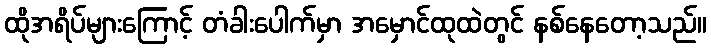
ထိုအရိပ်များကြောင့် တံခါးပေါက်မှာ အမှောင်ထုထဲတွင် နစ်နေတော့သည်။